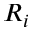
R _ { i }